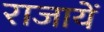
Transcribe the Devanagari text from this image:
राजायें